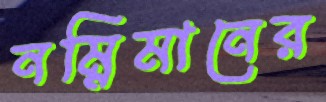
নম্নিমানের